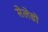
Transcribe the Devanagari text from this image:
सेलेडो